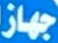
جهاز